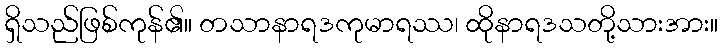
ရှိသည်ဖြစ်ကုန်၏။ တသာနာရဒကုမာရဿ၊ ထိုနာရဒသတို့သားအား။